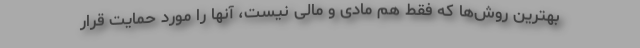
بهترین روش‌ها که فقط هم مادی و مالی نیست، آنها را مورد حمایت قرار